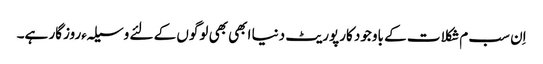
اِن سب م شکلات کے باوجود کارپوریٹ دنیا ابھی بھی لوگوں کے لئے وسیلہءروزگار ہے۔